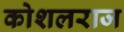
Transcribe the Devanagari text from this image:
कोशलराज